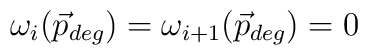
\omega_{i}(\vec{p}_{deg})=\omega_{i+1}(\vec{p}_{deg})=0